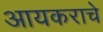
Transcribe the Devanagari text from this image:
आयकराचे